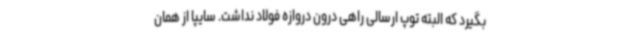
بگیرد که البته توپ ارسالی راهی درون دروازه فولاد نداشت. سایپا از همان